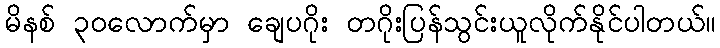
မိနစ် ၃၀လောက်မှာ ချေပဂိုး တဂိုးပြန်သွင်းယူလိုက်နိုင်ပါတယ်။